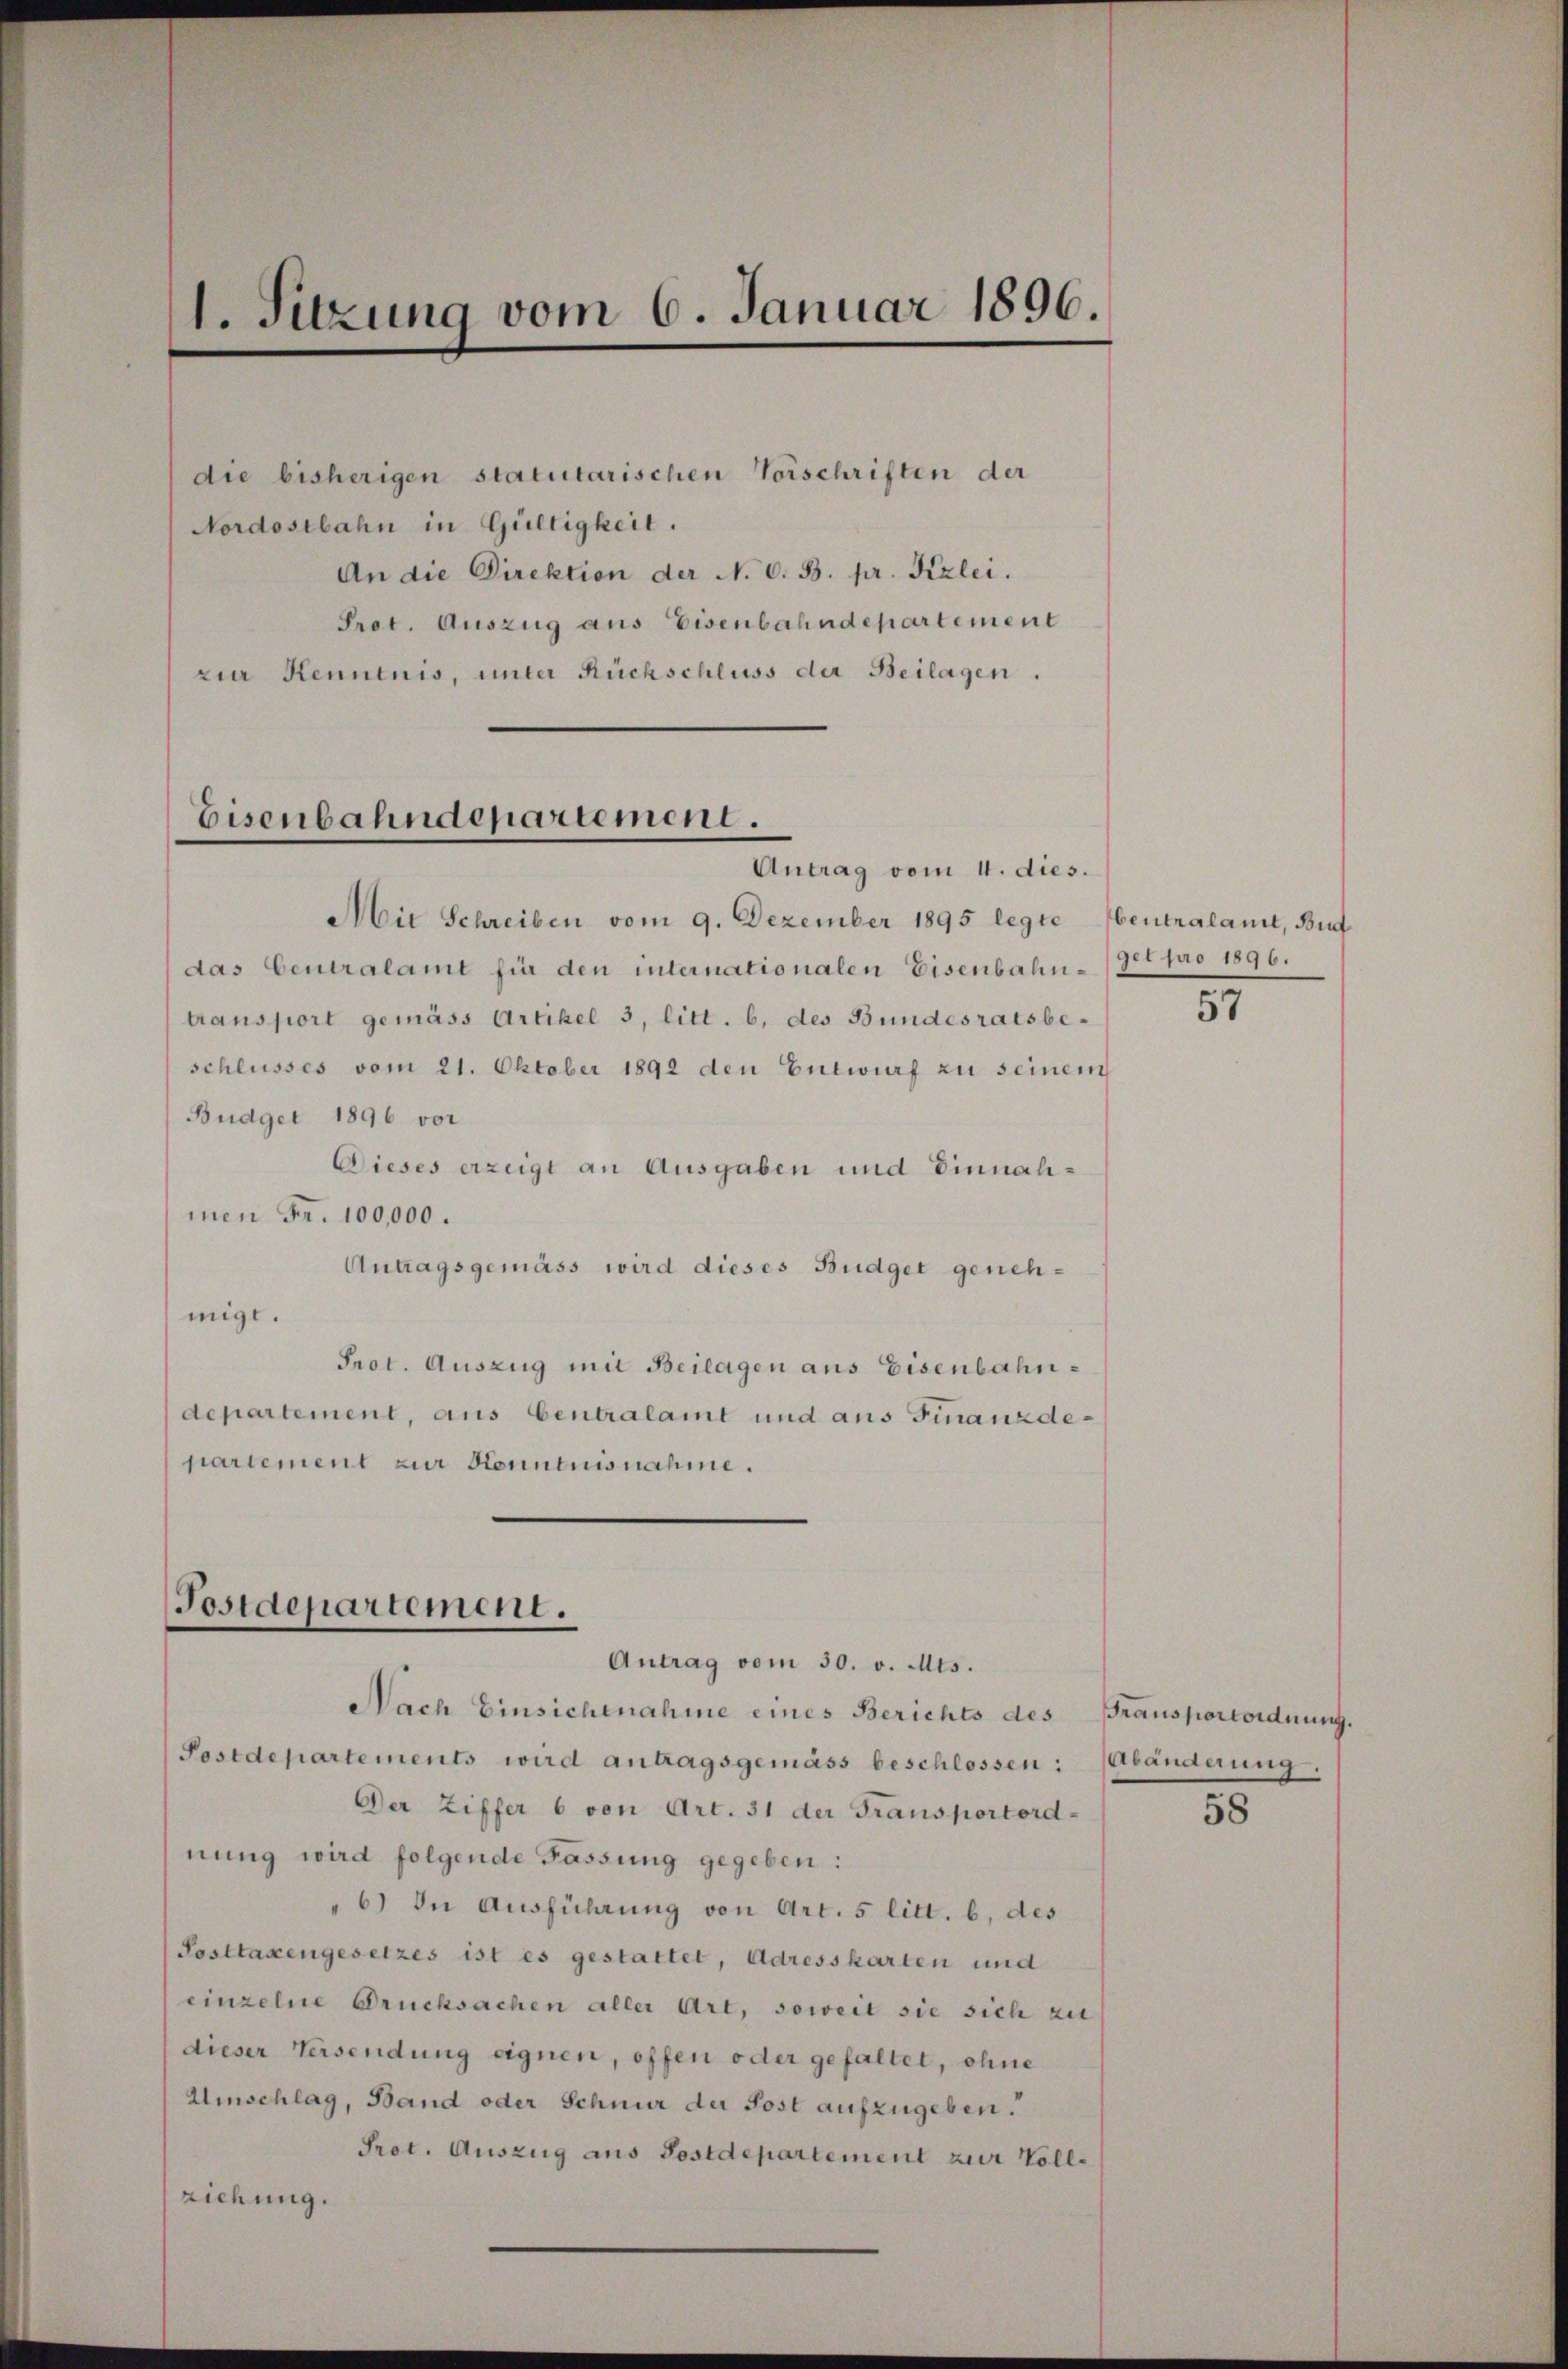
1. Sitzung vom 6. Januar 1896.

die bisherigen statutarischen Vorschriften der
Nordostbahn in Gültigkeit.
An die Direktion der N. O. B. pr. Kzlei.
Prot. Auszug aus Eisenbahndepartement
zia Kenntnis, unter Rückschluss der Beilagen.

Eisenbahndepartement.
Antrag vom 4. dies.

Postdepartement.
Antrag vom 30. v. Mts.

Mie Schreiben vom 9. Dezember 1895 legte Abentralamt, Bud
das Centralamt für den internationalen Eisenbahn-/30t pro 1896.
transport gemäss Artikel 3, litt. b. des Bundesratsbe-
schlusses vom 21. Oktober 1892 den Entwurf zu seinem
Budget 1896 vor
Dieses erzeigt an Ausgaben und Einnahmen Fr. 100,000.
Antragsgemäss wird dieses Budget genehmigt.
Prot. Auszug mit Beilagen aus Eisenbahndepartement, aus Centralamt und aus Finanzdepartement zur Kenntnisnahme.

Nach Einsichenahme eines Berichts des
Postdepartements wird antragsgemäss beschlossen: Abänderung.
Der Ziffer 6 von Art. 31 der Transportordnung wird folgende Fassung gegeben:
6) In Ausführung von Art. 5 litt. b. des
Posttaxengesetzes ist es gestattet, Adresskarten und
einzelne Drucksachen aller Art, soweit sie sich zu
dieser Versendung eignen, offen oder gefaltet, ohne
Umschlag, Band oder Schnur der Post aufzugeben.
Prot. Auszug aus Postdepartement zur Vollziehung.

57

Transportordnung.

58